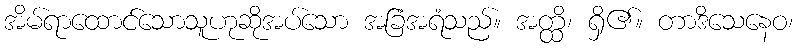
အိမ်ရာထောင်သောသူဟုဆိုအပ်သော အခြံအရံသည်။ အတ္ထိ၊ ရှိ၏။ တာဒိသေနေဝ၊